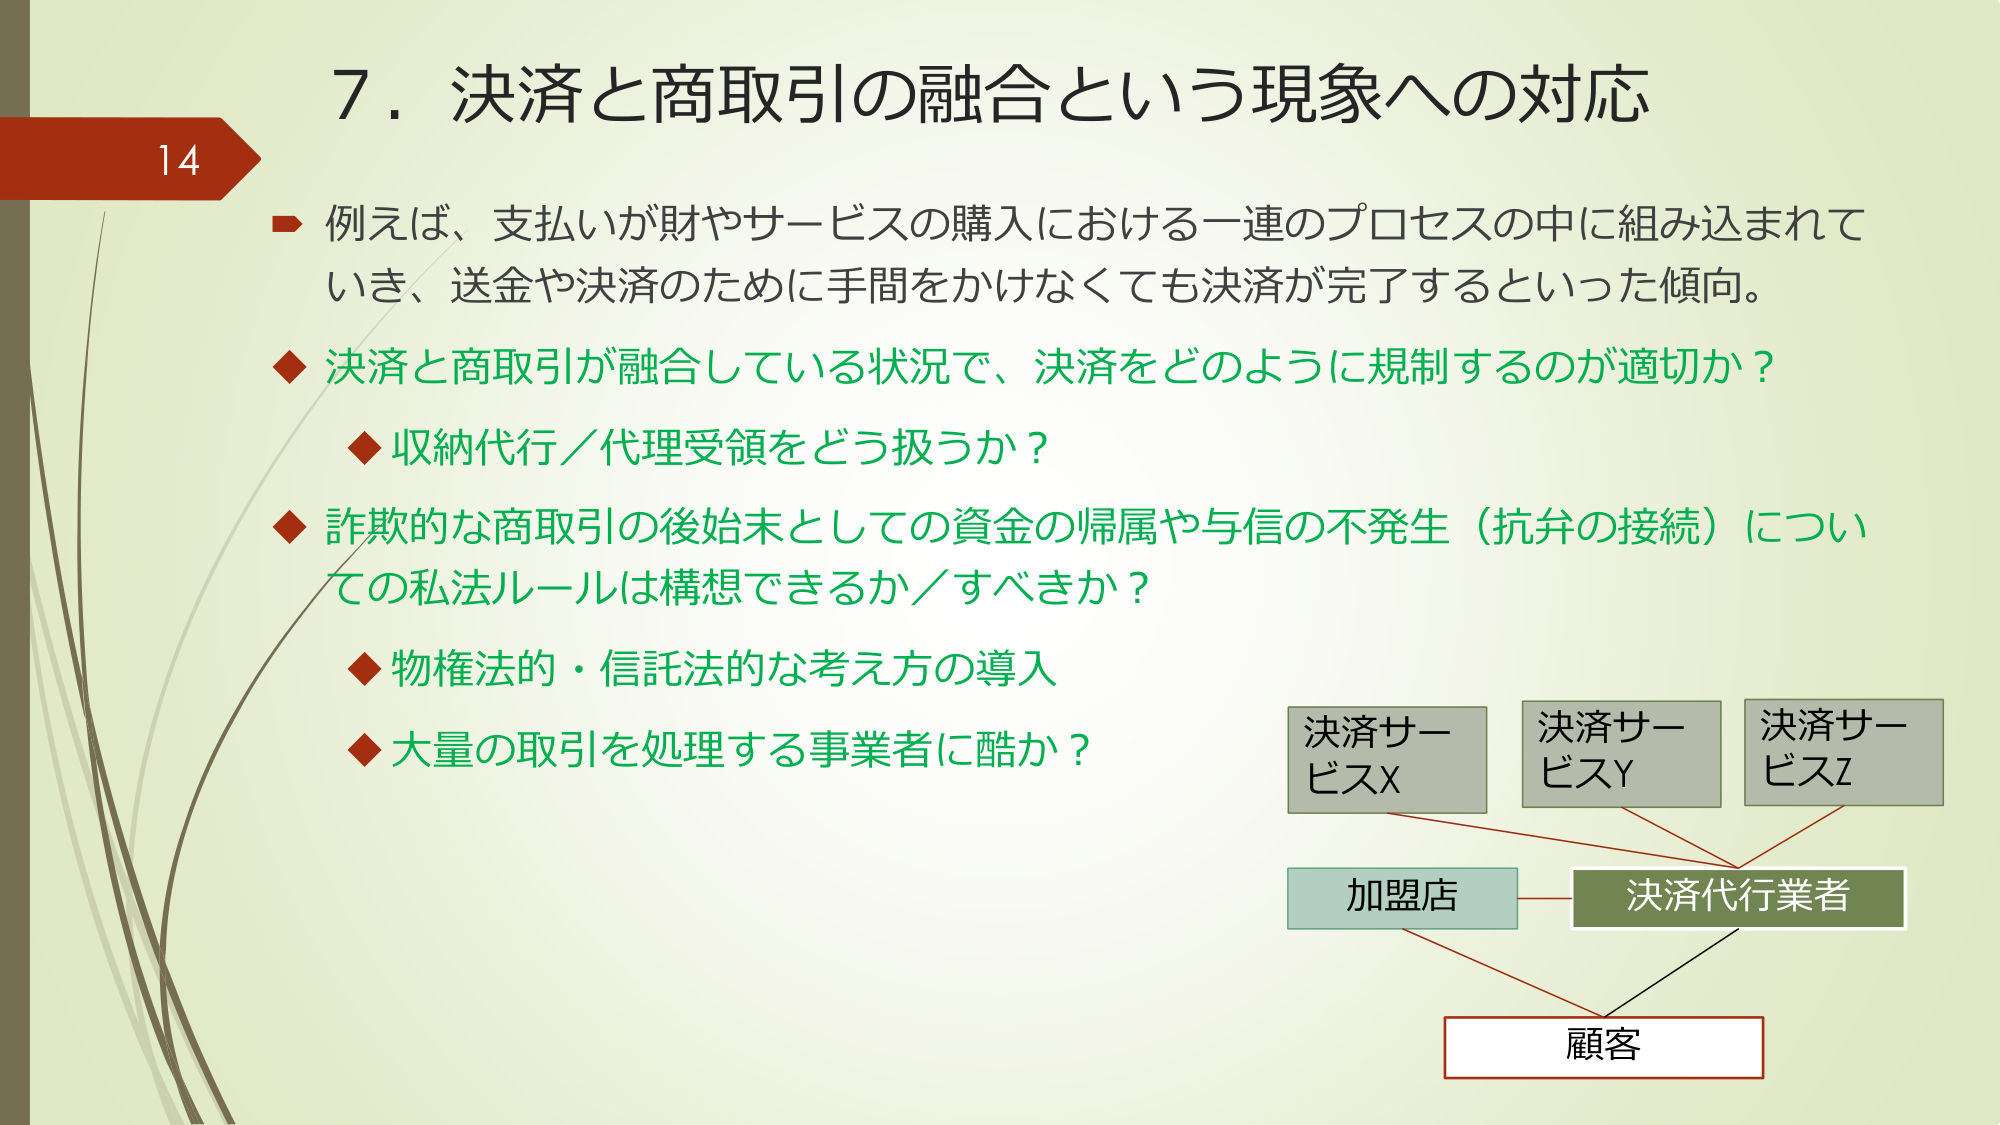
14
7．決済と商取引の融合という現象への対応
→ 例えば、支払いが財やサービスの購入における一連のプロセスの中に組み込まれて
いき、送金や決済のために手間をかけなくても決済が完了するといった傾向。
◆ 決済と商取引が融合している状況で、決済をどのように規制するのが適切か？
　◆ 収納代行／代理受領をどう扱うか？
◆ 詐欺的な商取引の後始末としての資金の帰属や与信の不発生（抗弁の接続）につい
ての私法ルールは構想できるか／すべきか？
　◆ 物権法的・信託法的な考え方の導入
　◆ 大量の取引を処理する事業者に酷か？
決済サービスX
決済サービスY
決済サービスZ
加盟店
決済代行業者
顧客